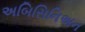
અબિસિનિઅન